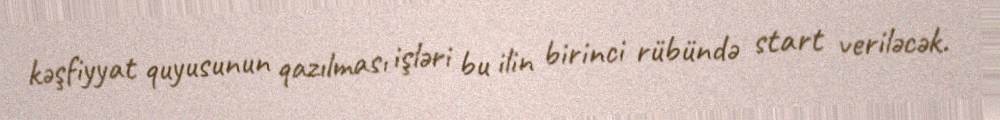
kəşfiyyat quyusunun qazılması işləri bu ilin birinci rübündə start veriləcək.